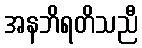
အနဘိရတိသညီ